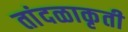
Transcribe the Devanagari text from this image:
तांदळाकृती